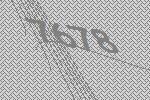
7678